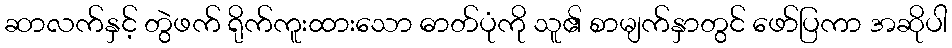
ဆာလက်နှင့် တွဲဖက် ရိုက်ကူးထားသော ဓာတ်ပုံကို သူ၏ စာမျက်နှာတွင် ဖော်ပြကာ အဆိုပါ